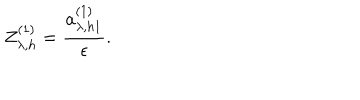
LaTeX: Z _ { \lambda , h } ^ { ( 1 ) } = \frac { a _ { \lambda , h 1 } ^ { ( 1 ) } } { \epsilon } .